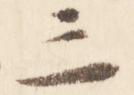
三